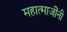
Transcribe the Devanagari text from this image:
महात्माजींनी